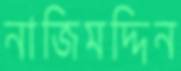
নাজিমদ্দিন